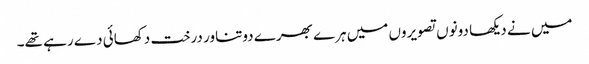
میں نے دیکھا دونوں تصویروں میں ہرے بھرے دوتناور درخت دکھائی دے رہے تھے۔